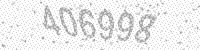
Solution: 406998